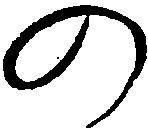
の